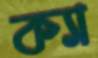
ক্যা